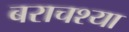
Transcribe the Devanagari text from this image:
बराचश्या